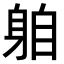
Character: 𨈻